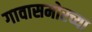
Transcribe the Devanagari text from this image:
गावासमोरच्या